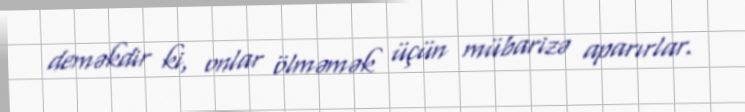
deməkdir ki, onlar ölməmək üçün mübarizə aparırlar.